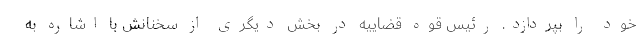
خود را بپردازد. رئیس قوه قضاییه در بخش دیگری از سخنانش با اشاره به